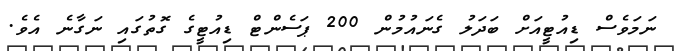
ނަމަވެސް ޑިއުޓީއަށް ބަދަލު ގެނައުމުން 200 ޕަސެންޓް ޑިއުޓީގެ ގޮތުގައި ނަގާނެ އެވެ.